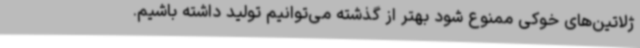
ژلاتین‌های خوکی ممنوع شود بهتر از گذشته می‌توانیم تولید داشته باشیم.